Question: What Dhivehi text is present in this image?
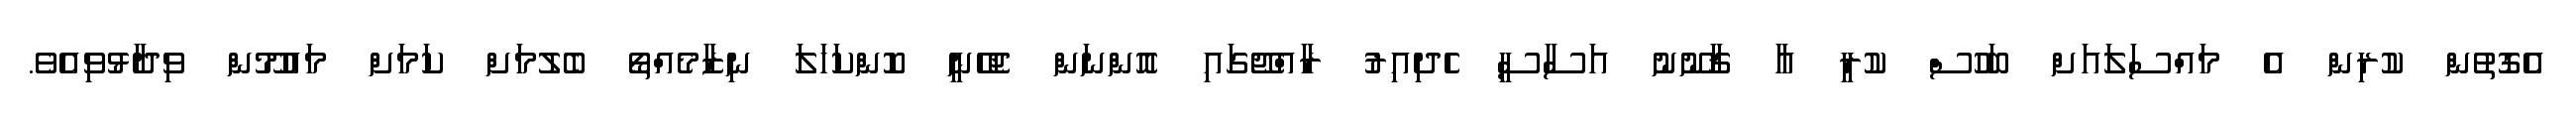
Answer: އެގޮތުން ކުރިން އެ މައްސަލައަށް ބަހުސް ކުރީ އާ ޤާނޫނު އަސާސީ ހެދިއިރު ރާއްޖޭގައި އޮންނަން ޖެހޭނީ ކޮންކަހަލަ ނިޒާމެއްތޯ ބެލުމަށް ކަމަށް މައުމޫން ވިދާޅުވިއެވެ.